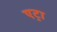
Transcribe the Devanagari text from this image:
एट्रा